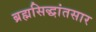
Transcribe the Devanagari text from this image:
ब्रह्मसिद्धांतसार